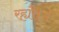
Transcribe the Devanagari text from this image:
रह्यौ।।